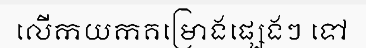
លើកយកគម្រោងផ្សេងៗ ទៅ